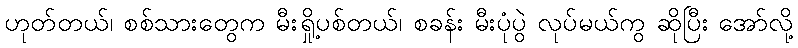
ဟုတ်တယ်၊ စစ်သားတွေက မီးရှို့ပစ်တယ်၊ စခန်း မီးပုံပွဲ လုပ်မယ်ကွ ဆိုပြီး အော်လို့